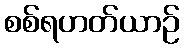
စစ်ရဟတ်ယာဉ်